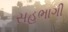
સહભાગી